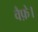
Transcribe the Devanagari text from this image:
वैफ़े।